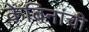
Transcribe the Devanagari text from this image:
केबिनांची